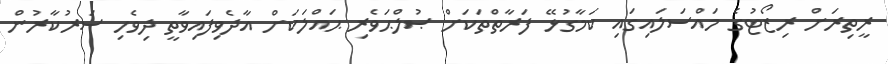
ރީތިރަށް ރިޒޯޓުގެ މައްސަލައިގައި ކަމާގުޅޭ ފަރާތްތަކަށް ޞުލްޙަވެރި ޙައްލަކަށް އާދެވިފައިވާތީ ދިވެހި ސަރުކާރުން